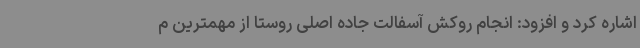
اشاره کرد و افزود: انجام روکش آسفالت جاده اصلی روستا از مهمترین م